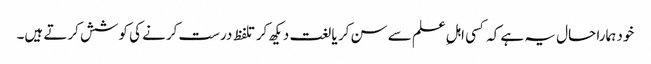
خود ہمارا حال یہ ہے کہ کسی اہلِ علم سے سن کر یا لغت دیکھ کر تلفظ درست کرنے کی کوشش کرتے ہیں۔